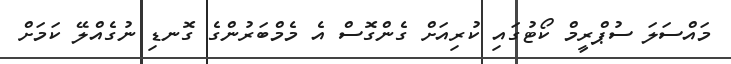
މައްސަލަ ސުޕްރީމް ކޯޓުގައި ކުރިއަށް ގެންގޮސް އެ މެމްބަރުންގެ ގޮނޑި ނުގެއްލޭ ކަމަށް